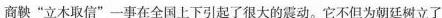
商鞅”立木取信”一事在全国上下引起了很大的震动。它不但为朝廷树立了